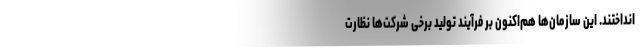
انداختند. این سازمان‌ها هم‌اکنون بر فرآیند تولید برخی شرکت‌ها نظارت